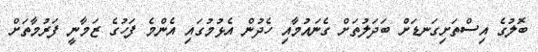
ބޮލުގެ އިސްތަށިގަނޑަށް ބަދަލުތަށް ގެނައުމާއި ހެދުން އެޅުމުގައި އެންމެ ފަހުގެ ޒަމާނީ ފަރުމާތަށް